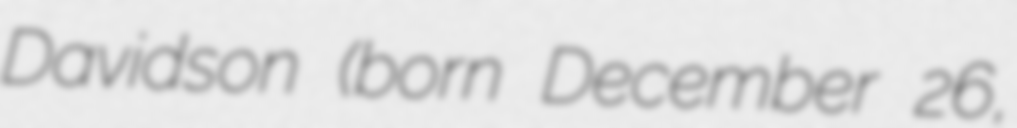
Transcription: Davidson (born December 26,